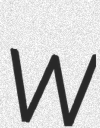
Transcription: W